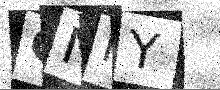
Text: GNMY